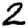
Digit: 2